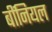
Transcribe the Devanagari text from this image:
बींनियल